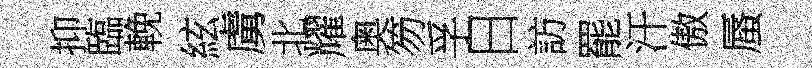
抑臨輓絃虜北耀奥笏孚日訪罷汗傲蜃